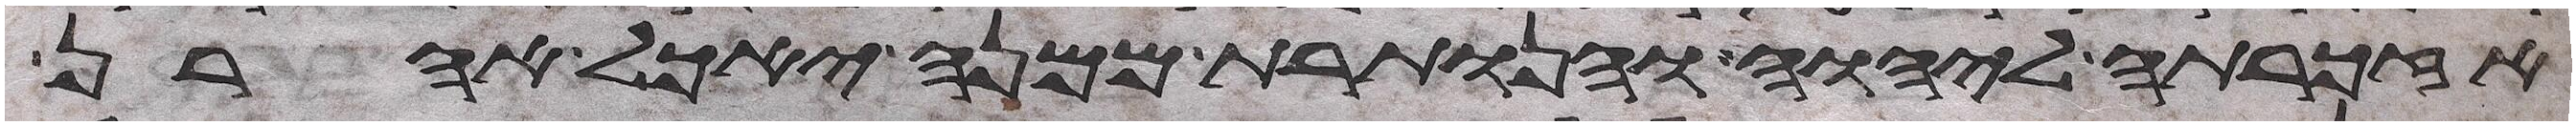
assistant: אזכרתה ליהוה והנותרת ממנה יאכל אהרן